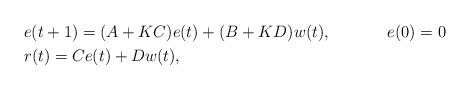
LaTeX: \begin{align*}& e(t+1) = (A + K C) e(t) + (B + KD) w(t), & e(0) = 0\\& r(t) = C e(t) + D w(t),\end{align*}